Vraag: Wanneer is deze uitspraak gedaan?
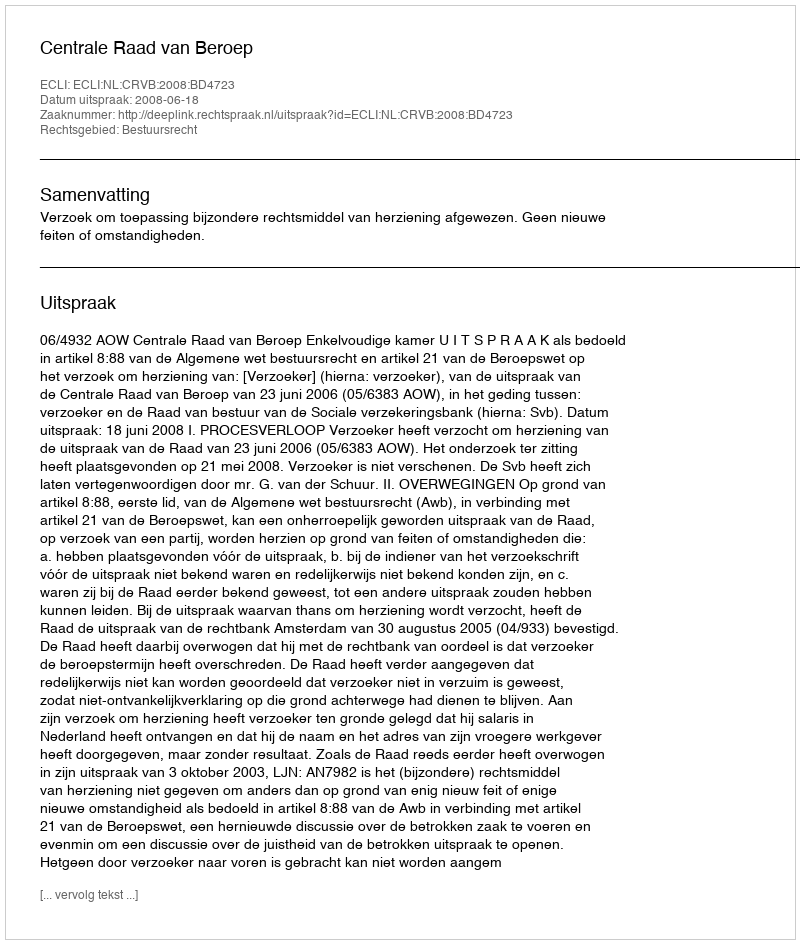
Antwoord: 2008-06-18